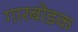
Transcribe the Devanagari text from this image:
गारबोडक